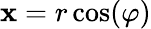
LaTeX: \mathbf{x}=r\cos(\varphi)